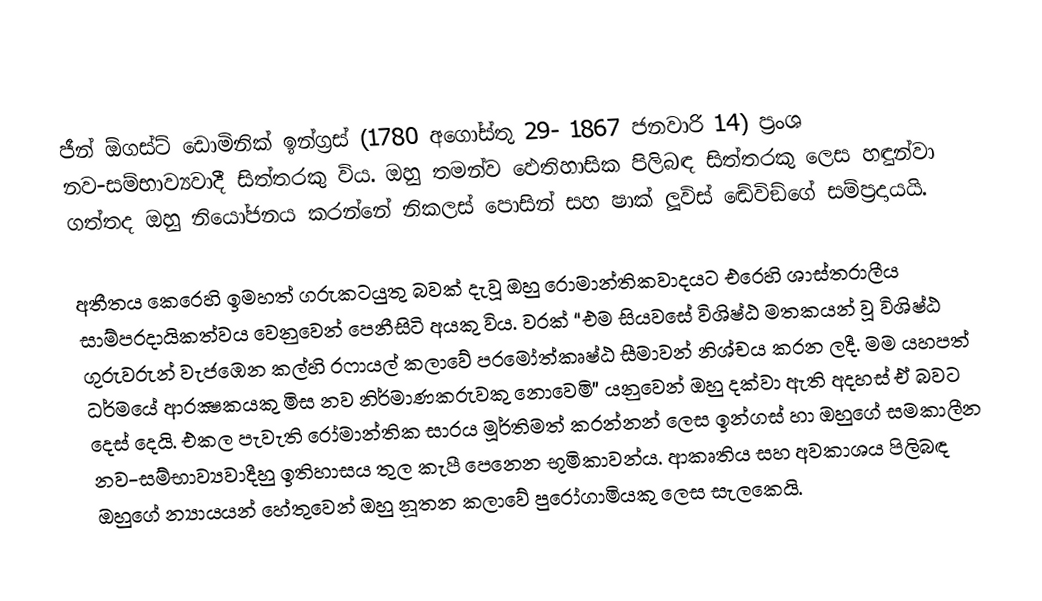
ජීන් ඕගස්ට් ඩොමිනික් ඉන්ග්‍රස් (1780 අගෝස්තු 29- 1867 ජනවාරි 14) ප‍්‍රංශ නව-සම්භාව්‍යවාදී සිත්තරකු විය. ඔහු තමන්ව ඵෙතිහාසික පිලිබඳ සිත්තරකු ලෙස හඳුන්වා ගත්තද ඔහු නියෝජනය කරන්නේ නිකලස් පොසින් සහ ෂාක් ලූවිස් ඬේවිඞ්ගේ සම්ප‍්‍රදායයි.

අතීතය කෙරෙහි ඉමහත් ගරුකටයුතු බවක් දැවූ ඔහු රොමාන්තිකවාදයට එරෙහි ශාස්ත‍්‍රාලීය සාම්ප‍්‍රදායිකත්වය වෙනුවෙන් පෙනීසිටි අයකු විය. වරක් “එම සියවසේ විශිෂ්ඨ මතකයන් වූ විශිෂ්ඨ ගුරුවරුන් වැජඹෙන කල්හි රෆායල් කලාවේ පරමෝත්කෘෂ්ඨ සීමාවන් නිශ්චය කරන ලදී. මම යහපත් ධර්මයේ ආරක්‍ෂකයකු මිස නව නිර්මාණකරුවකු නොවෙමි” යනුවෙන් ඔහු දක්වා ඇති අදහස් ඒ බවට දෙස් දෙයි. එකල පැවැති රෝමාන්තික සාරය මූර්තිමත් කරන්නන් ලෙස ඉන්ගස් හා ඔහුගේ සමකාලීන නව-සම්භාව්‍යවාදීහු ඉතිහාසය තුල කැපී පෙනෙන භූමිකාවන්ය. ආකෘතිය සහ අවකාශය පිලිබඳ ඔහුගේ න්‍යායයන් හේතුවෙන් ඔහු නූතන කලාවේ පුරෝගාමියකු ලෙස සැලකෙයි.